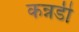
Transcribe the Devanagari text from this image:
कन्नडी